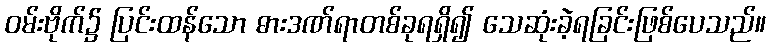
ဝမ်းဗိုက်၌ ပြင်းထန်သော ဓားဒဏ်ရာတစ်ခုရရှိ၍ သေဆုံးခဲ့ရခြင်းဖြစ်ပေသည်။